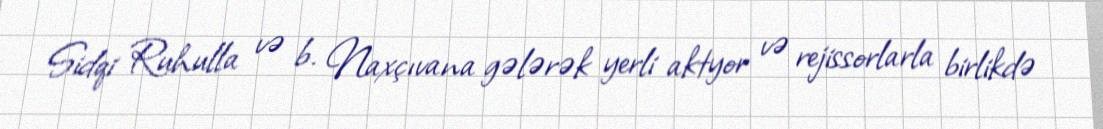
Sidqi Ruhulla və b. Naxçıvana gələrək yerli aktyor və rejissorlarla birlikdə